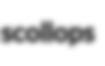
scollops